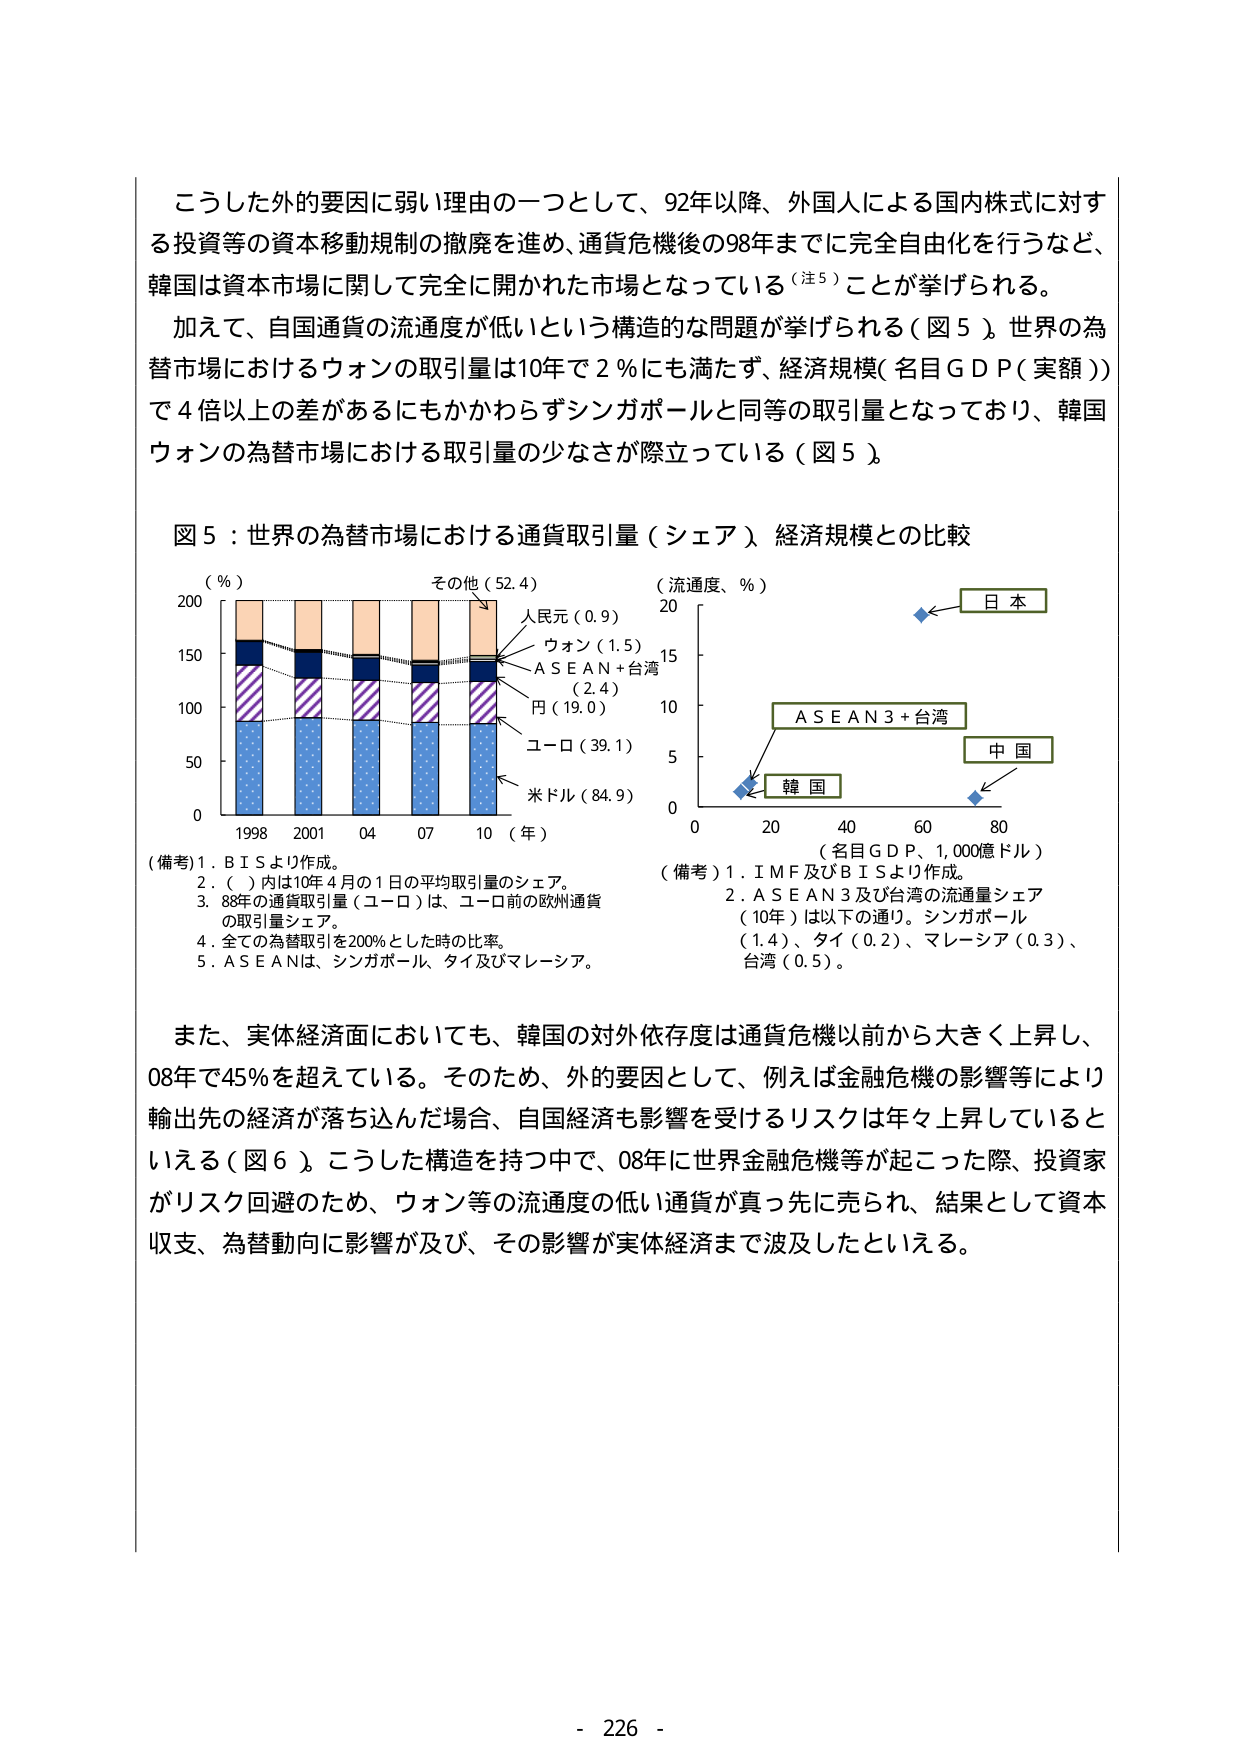
こうした外的要因に弱い理由の一つとして、92年以降、外国人による国内株式に対する投資等の資本移動規制の撤廃を進め、通貨危機後の98年までに完全自由化を行うなど、韓国は資本市場に関して完全に開かれた市場となっている（注5）ことが挙げられる。

加えて、自国通貨の流通度が低いという構造的な問題が挙げられる（図5）。世界の為替市場におけるウォンの取引量は10年で2％にも満たず、経済規模（名目GDP（実額））で4倍以上の差があるにもかかわらずシンガポールと同等の取引量となっており、韓国ウォンの為替市場における取引量の少なさが際立っている（図5）。

図5：世界の為替市場における通貨取引量（シェア）経済規模との比較

（％）
200
150
100
50
0
1998 2001 04 07 10（年）

その他（52.4）
人民元（0.9）
ウォン（1.5）
ASEAN＋台湾（2.4）
円（19.0）
ユーロ（39.1）
米ドル（84.9）

（流通度、％）
20
15
10
5
0
0 20 40 60 80
（名目GDP、1,000億ドル）

日本
ASEAN3＋台湾
中国
韓国

（備考）1．BISより作成。
2．（　）内は10年4月の1日の平均取引量のシェア。
3．88年の通貨取引量（ユーロ）は、ユーロ前の欧州通貨の取引量シェア。
4．全ての為替取引を200％とした時の比率。
5．ASEANは、シンガポール、タイ及びマレーシア。

（備考）1．IMF及びBISより作成。
2．ASEAN3及び台湾の流通量シェア（10年）は以下の通り。シンガポール（1.4）、タイ（0.2）、マレーシア（0.3）、台湾（0.5）。

また、実体経済面においても、韓国の対外依存度は通貨危機以前から大きく上昇し、08年で45％を超えている。そのため、外的要因として、例えば金融危機の影響等により輸出先の経済が落ち込んだ場合、自国経済も影響を受けるリスクは年々上昇しているといえる（図6）。こうした構造を持つ中で、08年に世界金融危機等が起こった際、投資家がリスク回避のため、ウォン等の流通度の低い通貨が真っ先に売られ、結果として資本収支、為替動向に影響が及び、その影響が実体経済まで波及したといえる。

- 226 -